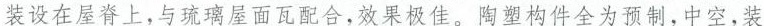
装设在屋脊上，与琉璃瓦配合，效果极佳，阿塑构件全为预制，中空，装